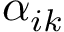
\alpha _ { i k }